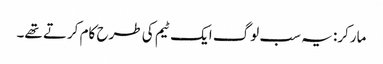
مارکر: یہ سب لوگ ایک ٹیم کی طرح کام کرتے تھے۔